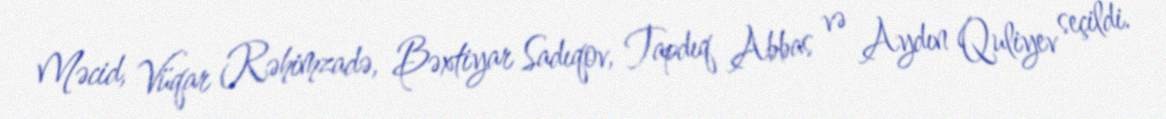
Məcid, Vüqar Rəhimzadə, Bəxtiyar Sadıqov, Tapdıq Abbas və Aydın Quliyev seçildi.